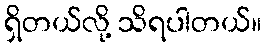
ရှိတယ်လို့ သိရပါတယ်။